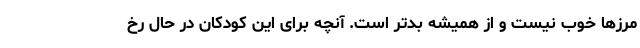
مرزها خوب نیست و از همیشه بدتر است. آنچه برای این کودکان در حال رخ